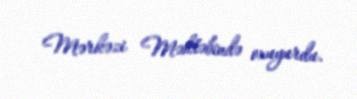
Mərkəzi Məktəbində oxuyurdu.